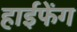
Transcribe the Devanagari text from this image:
हाईफेंग